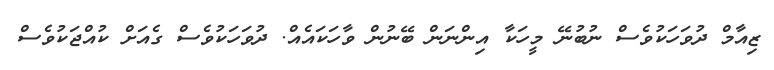
ޒިއާމް ދުވަހަކުވެސް ނުބުނޭ މީހަކާ އިންނަން ބޭނުން ވާހަކައެއް. ދުވަހަކުވެސް ގެއަށް ކުއްޖަކުވެސް